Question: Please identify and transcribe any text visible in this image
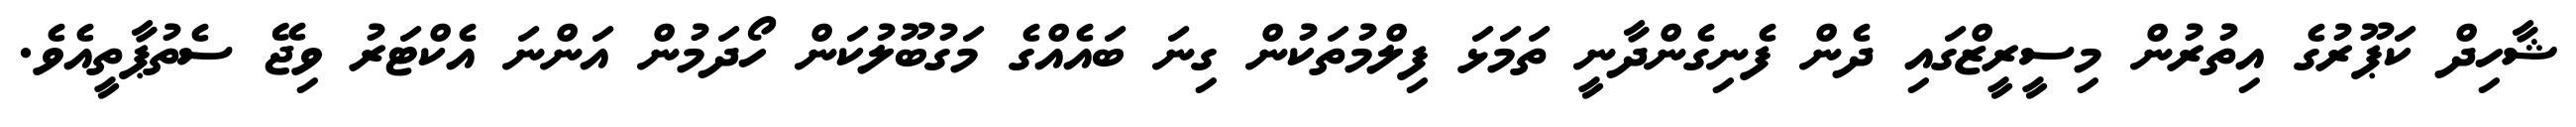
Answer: ޝާހިދް ކަޕޫރުގެ އިތުރުން މިސީރީޒްގައި ދެން ފެނިގެންދާނީ ތަމަޅަ ފިލްމުތަކުން ގިނަ ބައެއްގެ މަގުބޫލުކަން ހޯދަމުން އަންނަ އެކްޓަރު ވިޖޭ ސެތުޕާތީއެވެ.